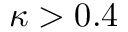
\kappa > 0 . 4